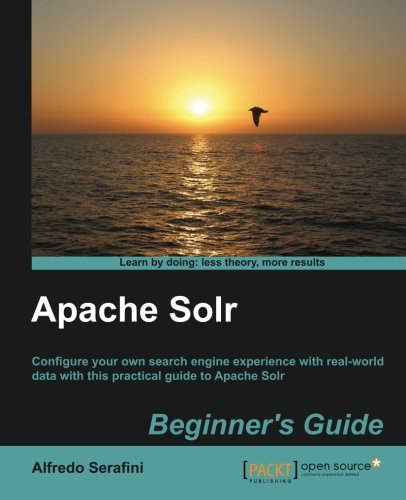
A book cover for Apache Solr Beginner's Guide; Alfredo Serafini; Computers & Technology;